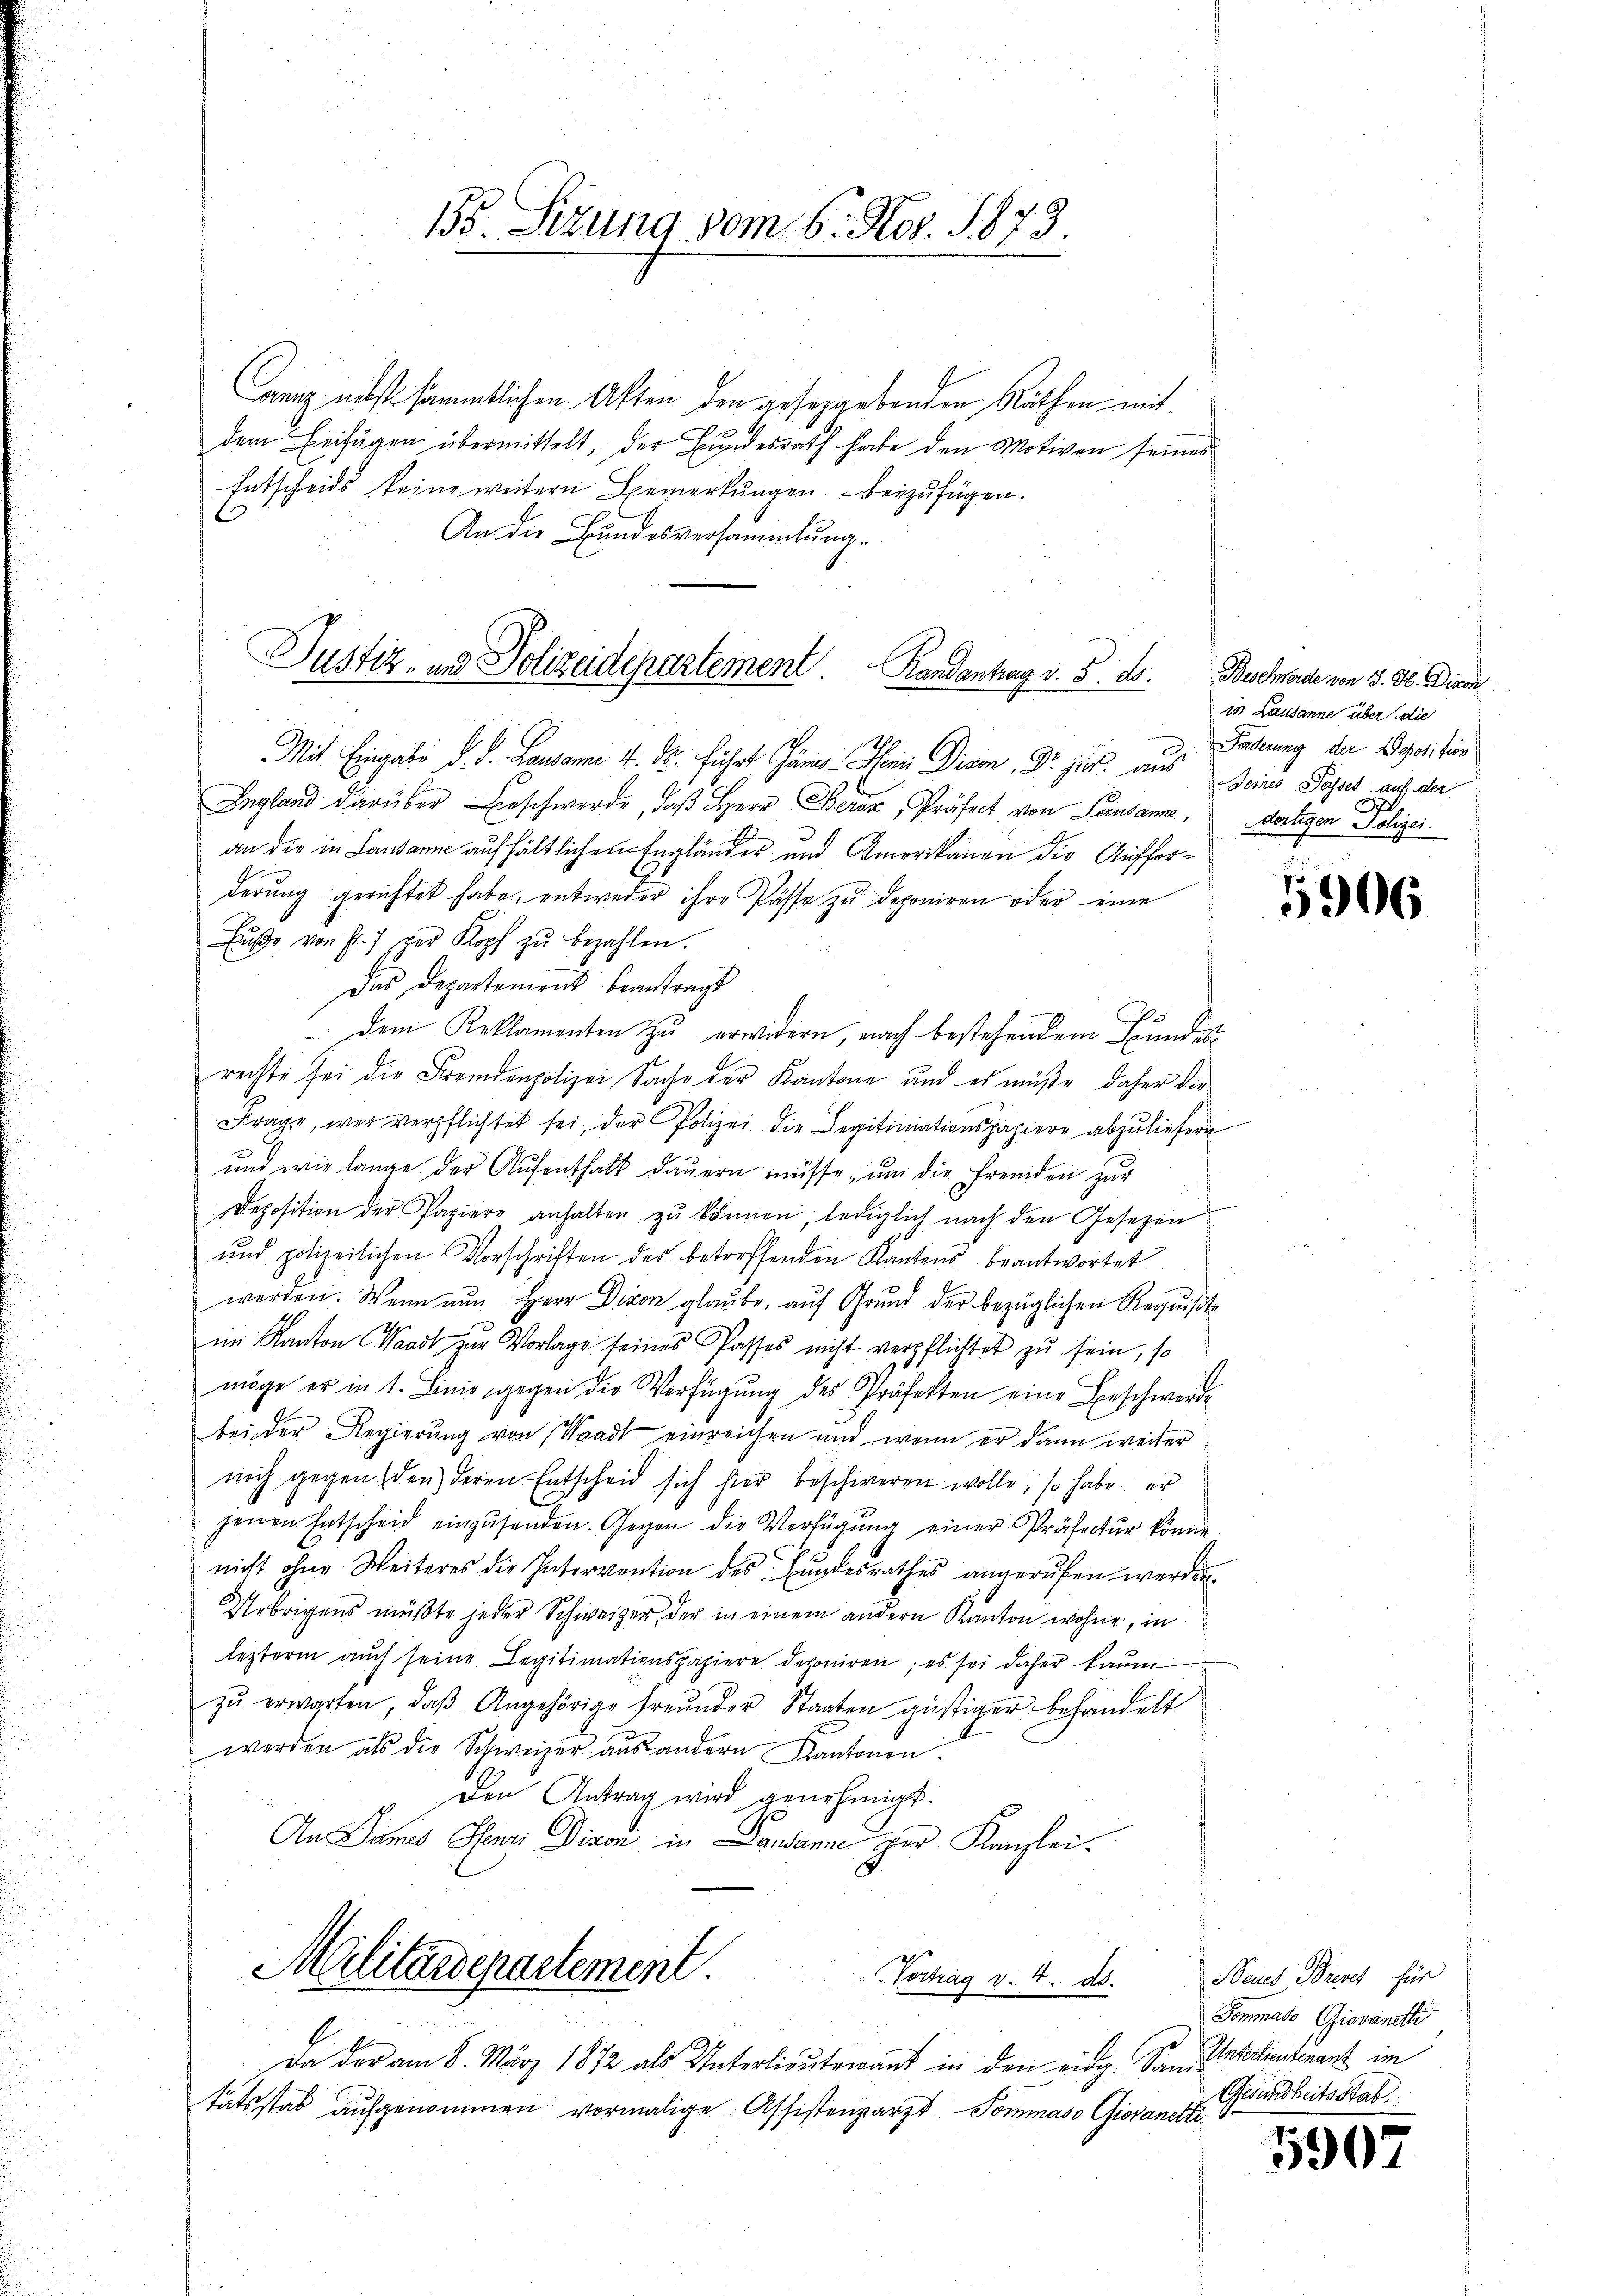
Anng, nebst sämmtlichen Aften den geseggebenden Räthen mit
dem Beifügen übermittelt, der Bundesrath habe den Motiven seines
Entscheids keine weitern Bemerkungen beizufügen.
6
An die Bundesversammlung.
Mit Eingabe d. d. Lausanne v. dr. führt Jan. In Divon, Dr. jur. aus seines Jahres auf der
England darüber Beschwerde, daβ Herr Berez, Präfect von Landame, dortigen Polizei.
an die in Landanne aufhältlichen Engländer und Amerikanen die Aufforderung gerichtet habe, entweder ihre Pässe zu deponiren oder eine
Fŭβe von Fr. 7. der Kopf zŭ bezahlen.
Das Departement beantragt
Dem Reklamenten zŭ erwidern, nach bestehendem Bundesrechte sei die Fremdenpolizei Sache der Kantone und es müße, daher die
Frage, wer verpflichtet sei, der Polizei die Legitimationspapiere abzuliefern
und wie lange der Aufenthalt dauern müsse, um die Fremden zur
Deposition der Papiere anhalten zŭ können, lediglich nach den Gesetzen
und polizeilichen Vorschriften des betreffenden Kantons beantwortet
werden. Wenn nun Herr Divon glaŭbe, aŭf Grŭnd der bezüglichen Requisite
im Kanton Waadt zur Vorlage seines Passes nicht verpflichtet zu sein, so
möge er in 1. Linie gegen die Verfügŭng des Präfekten eine Beschwerde
bei der Regierŭng von Waadt einreichen und wenn er dann weiter
noch gegen den deren Entscheid sich hier beschieren wolle, so habe er
jenen Entscheid einzŭsenden. Gegen die Verfügung einer Präfectur könne
nicht ohne Weiteres die Intervention des Bundesrathes angerufen werden.
Uebrigens müßte jeder Schweizer, der in einem andern Kanton wohne, in
lezterm auch seine Legitimationspapiere deponiren; es sei daher kaum
zŭ erwarten, daβ Angehörige freunder Staaten güstiger behandelt
.
werden als die Schweizer aus andern Kantonen.
den Antrag wird genehmigt.
An James Henri Dison in Landamne per Kanzlei-
Militärdepartement
Vortrag v. 4. ds.
s
Da der am 8. März 1872 als Unterlieŭtenant in den eidg. Sani-
.
tätsstab aufgenommen vormalige Assistenzarzt. Sommaso Giovanelle

Justiz- und Polizeidepartement.   Randantrag v. 5. ds.

155. Sitzung vom 6. Nov. 1873

Beschwerde von J. H. Dien
in Lausanne über die
Forderung der Deposition

5906

Neues Brevet für
Gommato, Giovanelli
Unterlieutenant im
Gesundheitsstab

5907